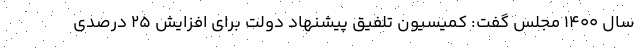
سال 1400 مجلس گفت: کمیسیون تلفیق پیشنهاد دولت برای افزایش 25 درصدی